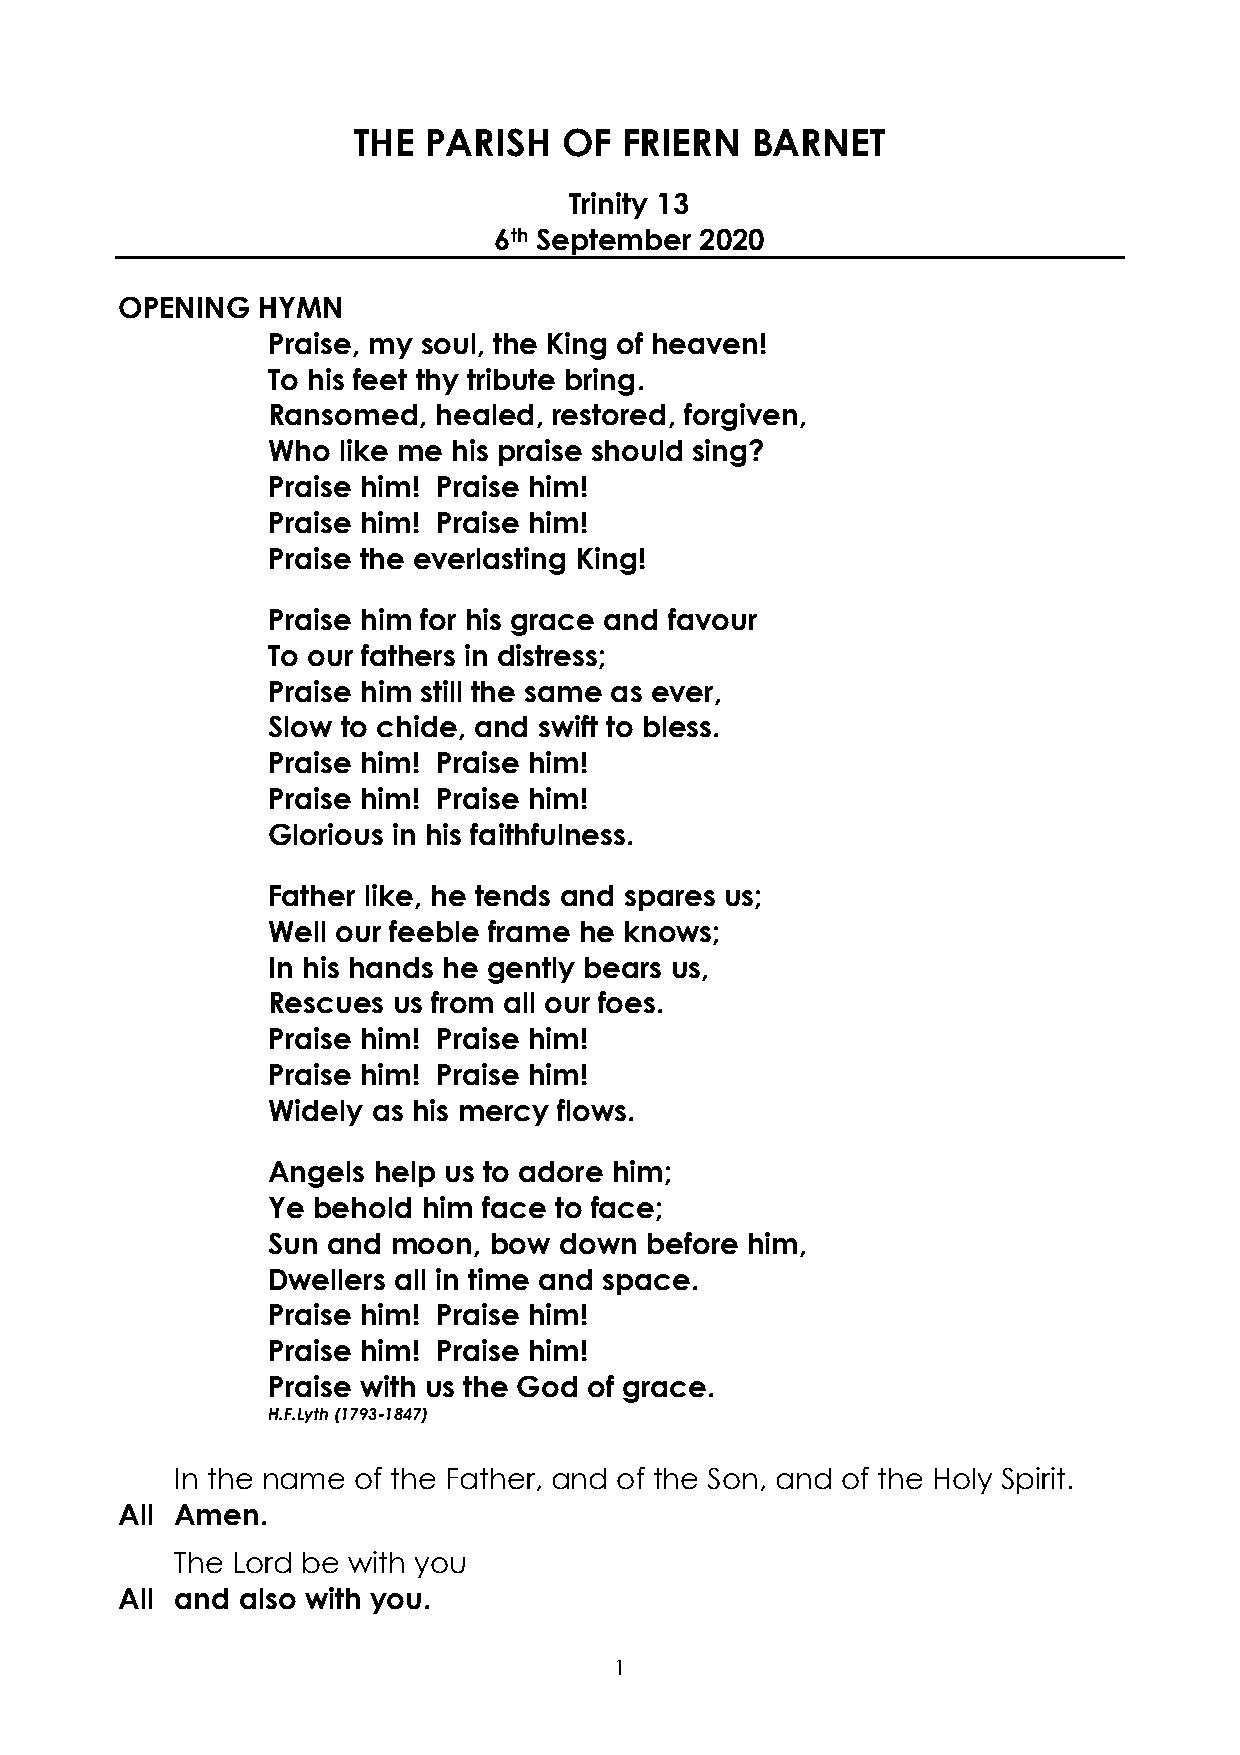
THE  PARISH   OF  FRIERN   BARNET
 Trinity 13
 6th September 2020
 OPENING  HYMN
 Praise, my soul, the King of heaven!
 To his feet thy tribute bring.
 Ransomed,  healed, restored, forgiven,
 Who like me his praise should sing?
 Praise him! Praise him!
 Praise him! Praise him!
 Praise the everlasting King!
 Praise him for his grace and favour
 To our fathers in distress;
 Praise him still the same as ever,
 Slow to chide, and swift to bless.
 Praise him! Praise him!
 Praise him! Praise him!
 Glorious in his faithfulness.
 Father like, he tends and spares us;
 Well our feeble frame he knows;
 In his hands he gently bears us,
 Rescues us from all our foes.
 Praise him! Praise him!
 Praise him! Praise him!
 Widely as his mercy flows.
 Angels help us to adore him;
 Ye behold him face to face;
 Sun and moon, bow  down  before him,
 Dwellers all in time and space.
 Praise him! Praise him!
 Praise him! Praise him!
 Praise with us the God of grace.
 H.F.Lyth (1793-1847)
 In the name of the Father, and of the Son, and of the Holy Spirit.
 All Amen.
 The Lord be with you
 All and also with you.
 1